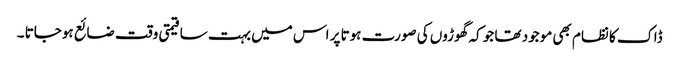
ڈاک کا نظام بھی موجود تھا جو کہ گھوڑوں کی صورت ہوتا پر اس میں بہت سا قیمتی وقت ضائع ہوجاتا ۔